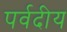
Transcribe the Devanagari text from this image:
पर्वदीय